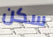
سكن